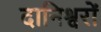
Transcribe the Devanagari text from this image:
दानिश्वरों